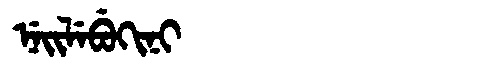
Manchu: ᠨᡝᡳᠯᡝᠪᡠᡴᡳᠨᡳ
Romanization: NEILEBUKINI